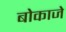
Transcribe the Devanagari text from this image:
बोकाजे